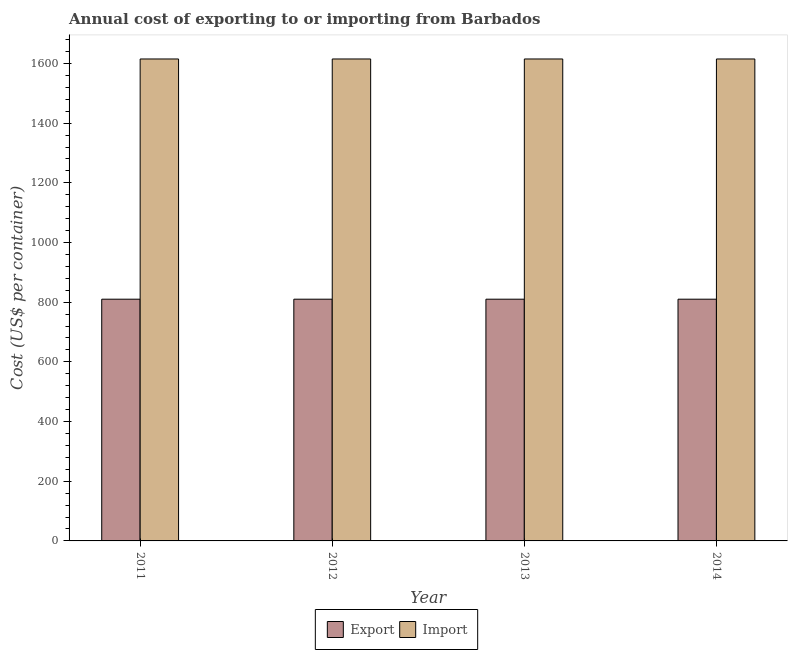
| Year | Export | Import |
 | --- | --- | --- |
 | 2011 | 810 | 1.62e+03 |
 | 2012 | 810 | 1.62e+03 |
 | 2013 | 810 | 1.62e+03 |
 | 2014 | 810 | 1.62e+03 |